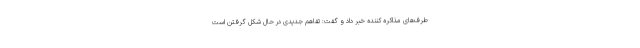
طرف‌های مذاکره کننده خبر داد و گفت: تفاهم جدیدی در حال شکل گرفتن است